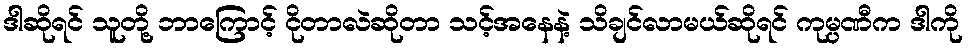
ဒါဆိုရင် သူတို့ ဘာကြောင့် ငိုတာလဲဆိုတာ သင့်အနေနဲ့ သိချင်လာမယ်ဆိုရင် ကုမ္ပဏီက ဒါကို